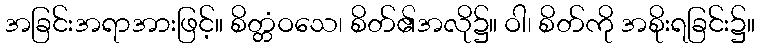
အခြင်းအရာအားဖြင့်။ စိတ္တံဝသေ၊ စိတ်၏အလို၌။ ဝါ၊ စိတ်ကို အစိုးရခြင်း၌။